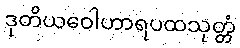
ဒုတိယဝေါဟာရပထသုတ္တံ